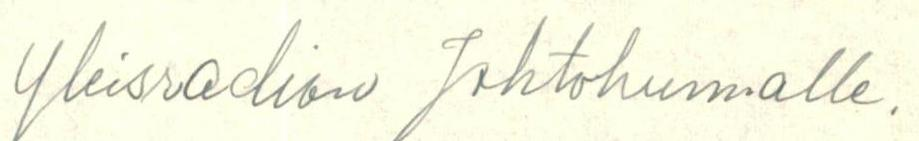
Yleisradion Johtokunnalle.